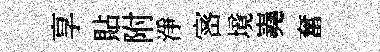
享貼附淨宻境嶤奮